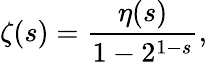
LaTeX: \zeta(s)={\frac{\eta(s)}{1-2^{1-s}}},